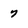
Character: 7